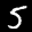
Label: 5